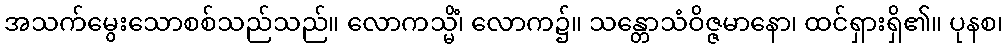
အသက်မွေးသောစစ်သည်သည်။ လောကသ္မိံ၊ လောက၌။ သန္တောသံဝိဇ္ဇမာနော၊ ထင်ရှားရှိ၏။ ပုနစ၊